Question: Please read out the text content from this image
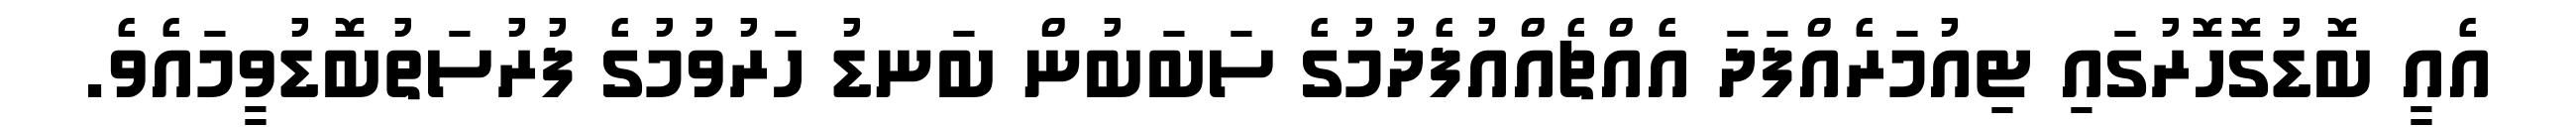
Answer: އެއީ ބޮޑުގޮހޮރުގައި ޓިއުމަރެއްފަދަ އެއްޗެއްއުފެދުމުގެ ސަބަބުން ބަނޑު ހަރުވުމުގެ ފުރުސަތުބޮޑުވީމައެވެ.